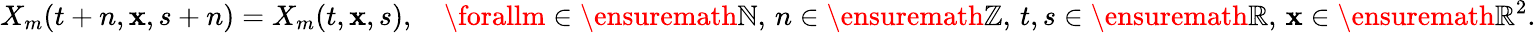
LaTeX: X_{m}(t+n,\mathbf{x},s+n)=X_{m}(t,\mathbf{x},s),\quad\forallm\in\ensuremath{{\mathbb{{N}}}},\, n\in\ensuremath{{\mathbb{{Z}}}},\, t,s\in\ensuremath{{\mathbb{{R}}}},\, \mathbf{x}\in\ensuremath{{\mathbb{{R}}}}^{2}.